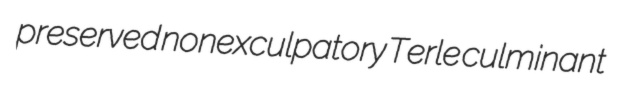
preserved nonexculpatory Terle culminant